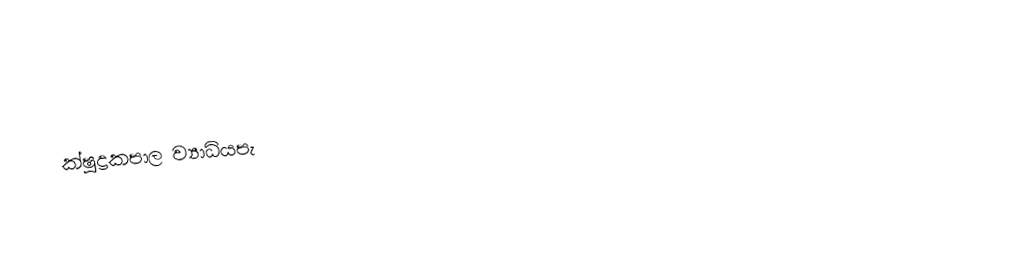
ක්ෂුද්‍රකපාල ව්‍යාධියපැ